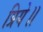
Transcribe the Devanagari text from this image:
प्रिये॥